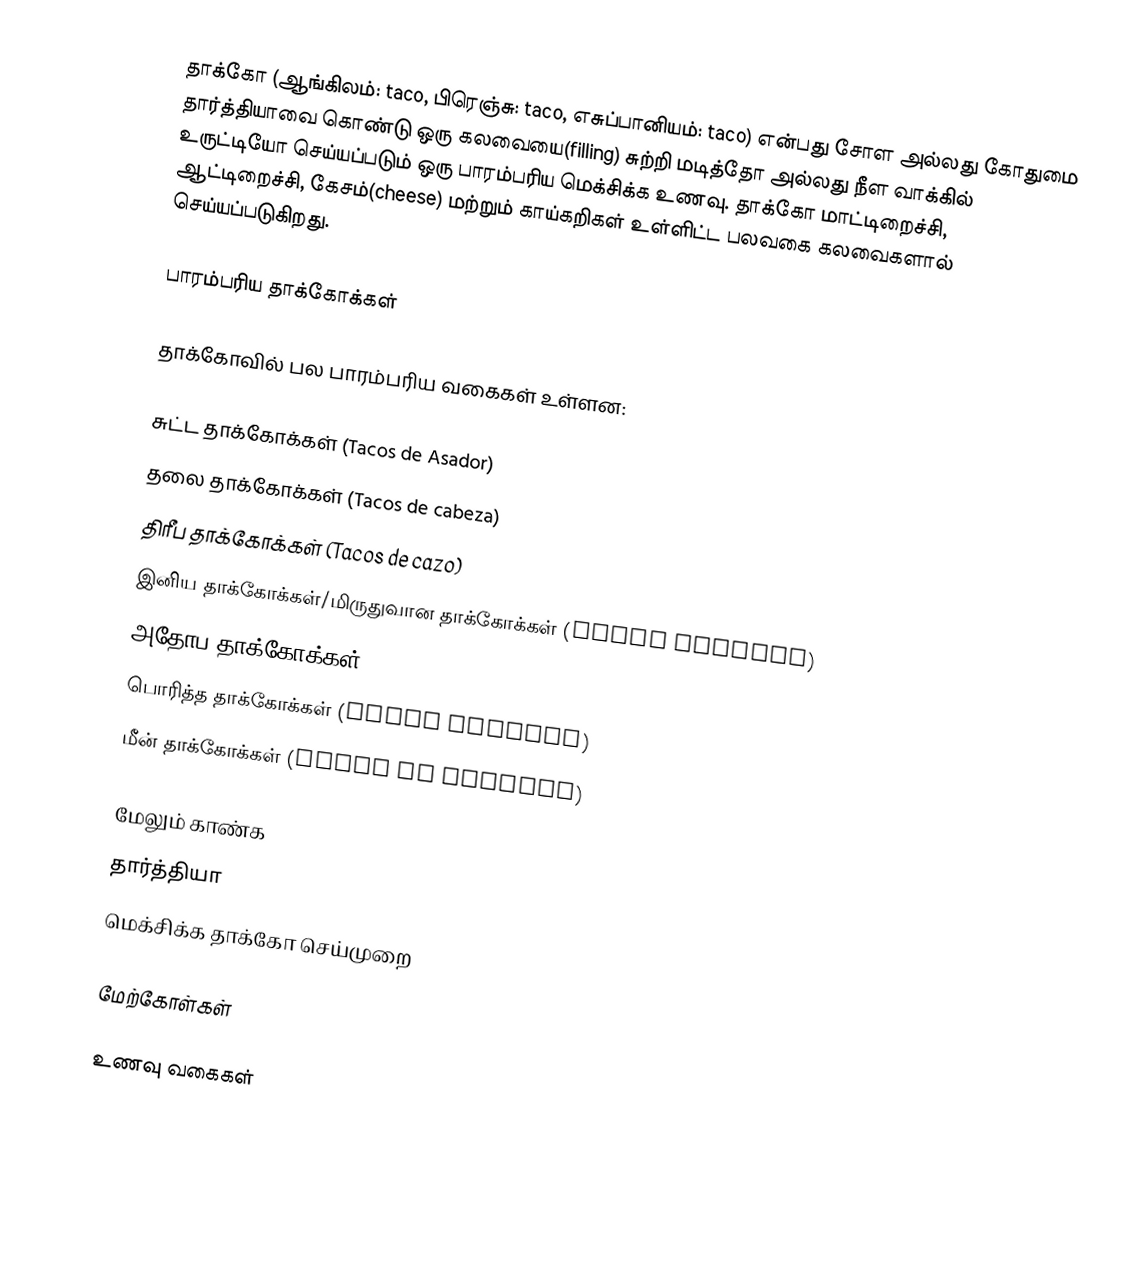
தாக்கோ (ஆங்கிலம்: taco, பிரெஞ்சு: taco, எசுப்பானியம்: taco) என்பது சோள அல்லது கோதுமை தார்த்தியாவை கொண்டு ஒரு கலவையை(filling) சுற்றி மடித்தோ அல்லது நீள வாக்கில் உருட்டியோ செய்யப்படும் ஒரு பாரம்பரிய மெக்சிக்க உணவு. தாக்கோ மாட்டிறைச்சி, ஆட்டிறைச்சி, கேசம்(cheese) மற்றும் காய்கறிகள் உள்ளிட்ட பலவகை கலவைகளால் செய்யப்படுகிறது.

பாரம்பரிய தாக்கோக்கள்

தாக்கோவில் பல பாரம்பரிய வகைகள் உள்ளன:

 சுட்ட தாக்கோக்கள் (Tacos de Asador)
 தலை தாக்கோக்கள் (Tacos de cabeza)
 திரீப தாக்கோக்கள் (Tacos de cazo)
 இனிய தாக்கோக்கள்/மிருதுவான தாக்கோக்கள் (Tacos sudados)
 அதோப தாக்கோக்கள் (Tacos Al pastor/De Adobada)
 பொரித்த தாக்கோக்கள் (Tacos dorados)
 மீன் தாக்கோக்கள் (Tacos de pescado)

மேலும் காண்க
 தார்த்தியா
 மெக்சிக்க தாக்கோ செய்முறை

மேற்கோள்கள்

உணவு வகைகள்